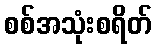
စစ်အသုံးစရိတ်